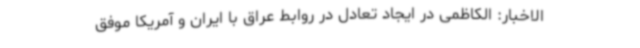
الاخبار: الکاظمی در ایجاد تعادل در روابط عراق با ایران و آمریکا موفق